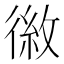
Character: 𪫕